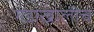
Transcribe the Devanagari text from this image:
गडाखालीच